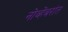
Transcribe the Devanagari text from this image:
नोव्हेंबरांत